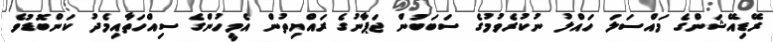
ރޭޑިއޭޝަންގެ މައްސަލަ ހައްލު ނުކުރެވުމުގެ ސަބަބުން ޖަޕާނުގެ ރައްޔިތުން އެމީހުންގެ ސިއްހަތާއިމެދު ކަންބޮޑުވެ